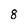
Character: 8